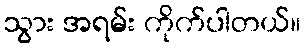
သွား အရမ်း ကိုက်ပါတယ်။